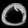
Digit: ၀